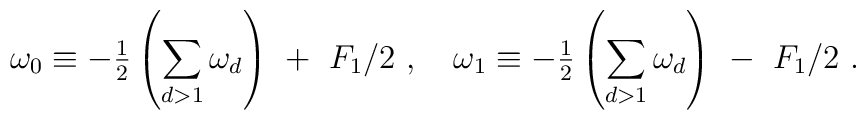
\omega_0 \equiv  - {{\textstyle\frac{1}{2}}}\left({\displaystyle\sum_{d>1} \omega_d} \right) \ + \ F_1/2 \ ,\quad\omega_1 \equiv - {{\textstyle\frac{1}{2}}}\left({\displaystyle\sum_{d>1} \omega_d}  \right) \ - \ F_1/2 \ .